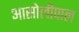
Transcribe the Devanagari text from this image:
आसोलीपाल